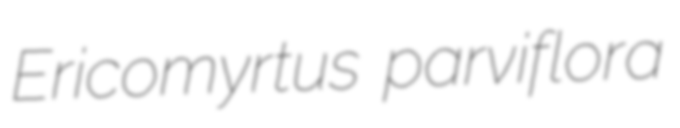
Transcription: Ericomyrtus parviflora